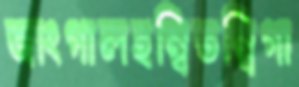
জাংগালহম্বিতম্বিগা